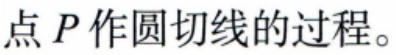
点 \(P\) 作圆切线的过程。